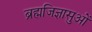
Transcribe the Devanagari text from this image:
ब्रह्मजिज्ञासुओं